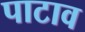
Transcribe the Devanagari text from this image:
पाटाव